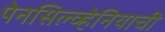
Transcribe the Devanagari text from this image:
पेनसिल्व्हेनियाची